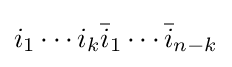
i_{1}\cdots i_{k}{\bar {i}}_{1}\cdots {\bar {i}}_{n-k}